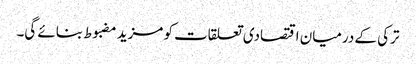
ترکی کے درمیان اقتصادی تعلقات کو مزید مضبوط بنائے گی۔